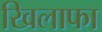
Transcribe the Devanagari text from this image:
खिलाफा